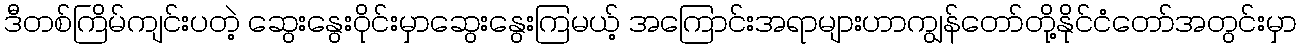
ဒီတစ်ကြိမ်ကျင်းပတဲ့ ဆွေးနွေးဝိုင်းမှာဆွေးနွေးကြမယ့် အကြောင်းအရာများဟာကျွန်တော်တို့နိုင်ငံတော်အတွင်းမှာ